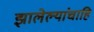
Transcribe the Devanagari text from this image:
झालेल्यांचाहि